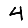
Digit: 4